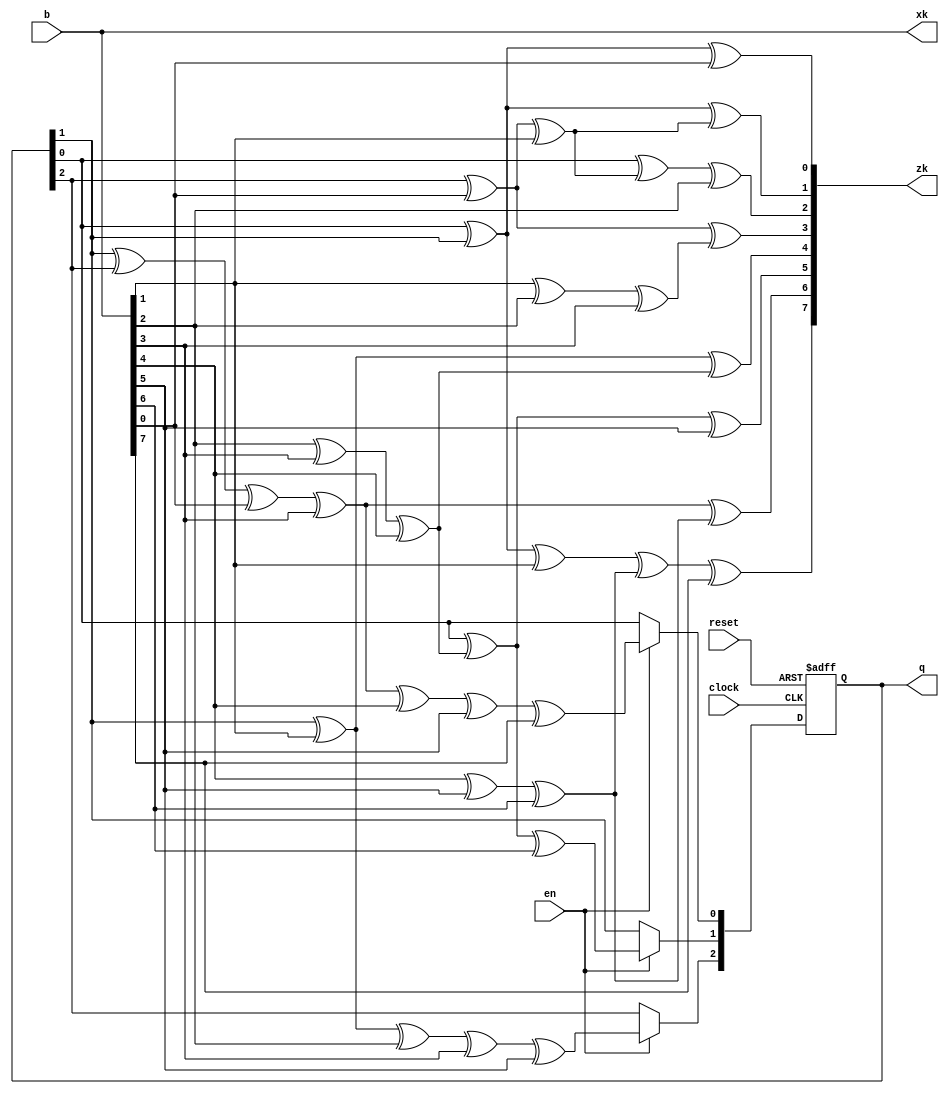
module encoder_parallel(
	input[7:0] b,
	input clock, reset, en,
	output[7:0] zk, xk,
	output[2:0] q);

reg[2:0] dffs;

//Intermediate wires
wire a, c, d, e, f;
//Initial values of dffs
wire[2:0] q_in, q_out;

always @(posedge clock, posedge reset) begin
	if (reset) begin
		dffs <= 3'b0;
	end
	else begin
		if (en) begin
			dffs[2] <= q_out[2];
			dffs[1] <= q_out[1];
			dffs[0] <= q_out[0];
		end
	end
end

assign q_in = dffs;
assign q = dffs;

assign a = q_in[0] ^ q_in[1];
assign c = b[1] ^ b[2] ^ b[3];
assign d = b[2] ^ b[3] ^ b[4];
assign e = b[4] ^ b[5] ^ b[6];
assign f = q_in[2] ^ b[0] ^ b[1];

assign xk = b;

assign zk[0] = a ^ b[0];
assign zk[1] = a ^ f;
assign zk[2] = q_in[0] ^ f ^ b[2];
assign zk[3] = q_in[2] ^ b[0] ^ c;
assign zk[4] = q_in[1] ^ b[1] ^ d;
assign zk[5] = q_in[0] ^ d ^ b[5];
assign zk[6] = q_in[1] ^ q_in[2] ^ b[0] ^ b[3] ^ e;
assign zk[7] = a ^ b[1] ^ e ^ b[7];

assign q_out[0] = q_in[1] ^ q_in[2] ^ b[0] ^ b[3] ^ b[4] ^ b[5] ^ b[7];
assign q_out[1] = q_in[0] ^ d ^ b[6];
assign q_out[2] = q_in[1] ^ b[1] ^ b[2] ^ b[3] ^ b[5];

endmodule